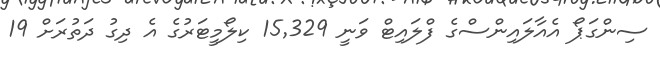
ސިންގަޕޯ އެއާލައިންސްގެ ފްލައިޓް ވަނީ 15